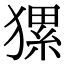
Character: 𤡂